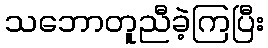
သဘောတူညီခဲ့ကြပြီး